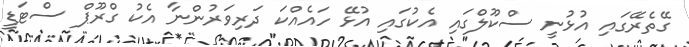
ގޭތެރޭގައި އުޅުނީ ސްކޫލްގައި އެކުގައި އުޅޭ ހައެއްކަ ދަރިވަރުންނާ އެކު ގްރޫޕް ސްޓަޑީ